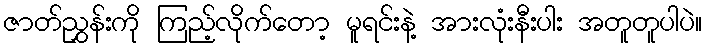
ဇာတ်ညွှန်းကို ကြည့်လိုက်တော့ မူရင်းနဲ့ အားလုံးနီးပါး အတူတူပါပဲ။